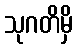
သုဂတိမှိ